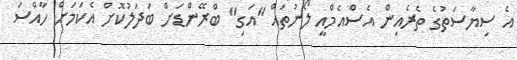
އެ ސިޔާސަތުގެ ތެރެއިން އެސްއެމްއީ ލޯނުތައް "އަގި" ބްރޭންޑަށް ބަދަލުކޮށް އެކަމަށް ހާއްސަ